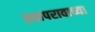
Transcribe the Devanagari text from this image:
प्रतापरावाच्या